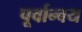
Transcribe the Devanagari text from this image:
पूर्वान्वय